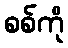
စစ်ကို